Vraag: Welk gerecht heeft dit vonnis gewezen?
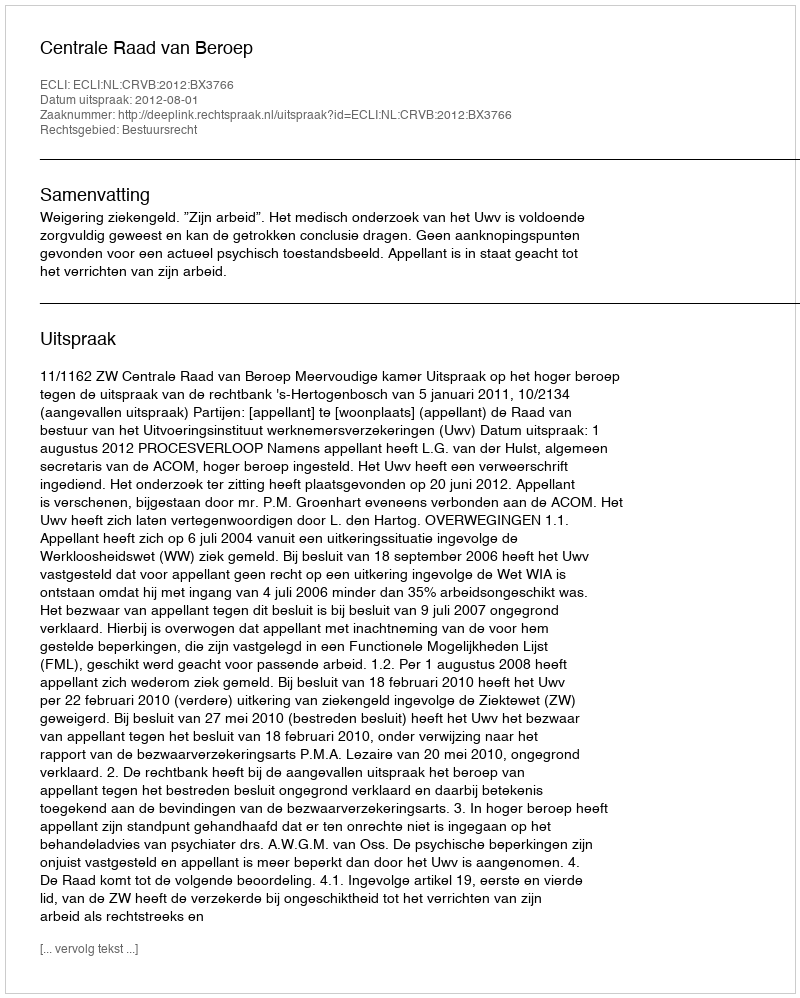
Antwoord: Centrale Raad van Beroep